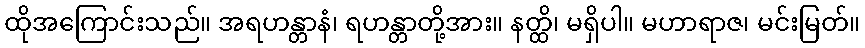
ထိုအကြောင်းသည်။ အရဟန္တာနံ၊ ရဟန္တာတို့အား။ နတ္ထိ၊ မရှိပါ။ မဟာရာဇ၊ မင်းမြတ်။